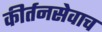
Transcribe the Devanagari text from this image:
कीर्तनसेवाच